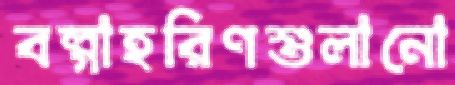
বল্‌গাহরিণশুলানো